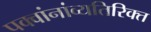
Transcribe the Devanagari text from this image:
पक्वांनांव्यतिरिक्त